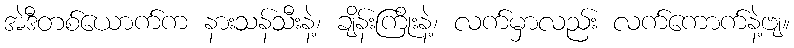
အဲဒီတစ်ယောက်က နားသန်သီးနဲ့၊ ချိန်းကြိုးနဲ့၊ လက်မှာလည်း လက်ကောက်နဲ့ဗျ။